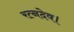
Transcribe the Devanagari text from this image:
रत्नदेव।